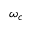
\omega _ { c }